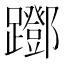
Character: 䠬